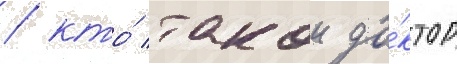
/ кто́ такои до́ктор